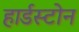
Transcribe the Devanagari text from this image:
हार्डस्टोन